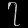
Digit: ၇